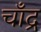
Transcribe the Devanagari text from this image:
चाँद्र